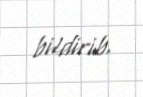
bildirib.